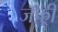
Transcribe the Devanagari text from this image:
जॅफ़्री